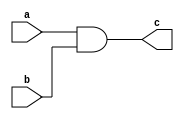
`timescale 1ns / 1ps
//////////////////////////////////////////////////////////////////////////////////
// Company: 
// Engineer: 
// 
// Design Name: 
// Module Name: nand_and
// Project Name: 
// Target Devices: 
// Tool Versions: 
// Description: 
// 
// Dependencies: 
// 
// Revision:
// Revision 0.01 - File Created
// Additional Comments:
// 
//////////////////////////////////////////////////////////////////////////////////


module nand_and(
    input a,
    input b,
    output c
    );
    
    wire nand1;
    
    nand(nand1, a, b);
    nand(c, nand1, nand1);
    
endmodule